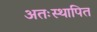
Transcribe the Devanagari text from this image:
अतःस्थापित